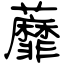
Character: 蘼